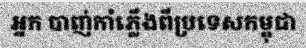
អ្នក បាញ់កាំភ្លើងពីប្រទេសកម្ពុជា